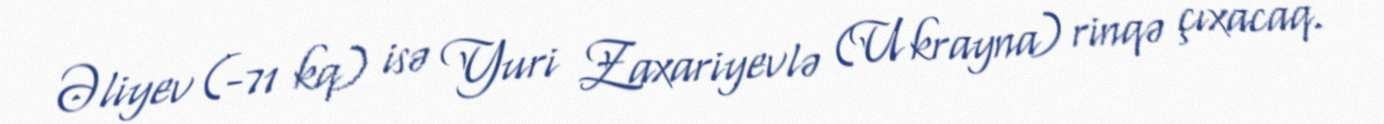
Əliyev (-71 kq) isə Yuri Zaxariyevlə (Ukrayna) rinqə çıxacaq.